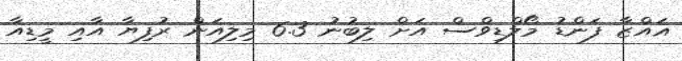
ޣައްޒާ ފަންޑު މޯލްޑިވްސް އަށް ލިބުނު 6.3 މިލިއަން ރުފިޔާ އާއި މީޑިއާ